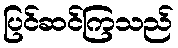
ပြင်ဆင်ကြသည်